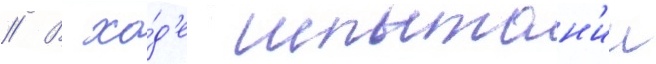
// В хо́д'е испытан'ии